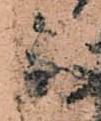
参